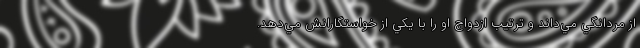
از مردانگي مي‌داند و ترتيب ازدواج او را با يکي از خواستگارانش مي‌دهد.